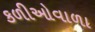
કળીઓવાળા